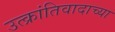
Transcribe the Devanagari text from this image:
उत्क्रांतिवादाच्या